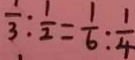
\frac { 1 } { 3 } : \frac { 1 } { 2 } = \frac { 1 } { 6 } : \frac { 1 } { 4 }